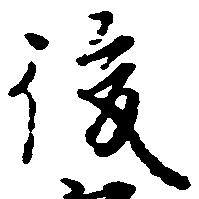
後